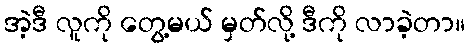
အဲ့ဒီ လူကို တွေ့မယ် မှတ်လို့ ဒီကို လာခဲ့တာ။